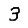
Digit: 3